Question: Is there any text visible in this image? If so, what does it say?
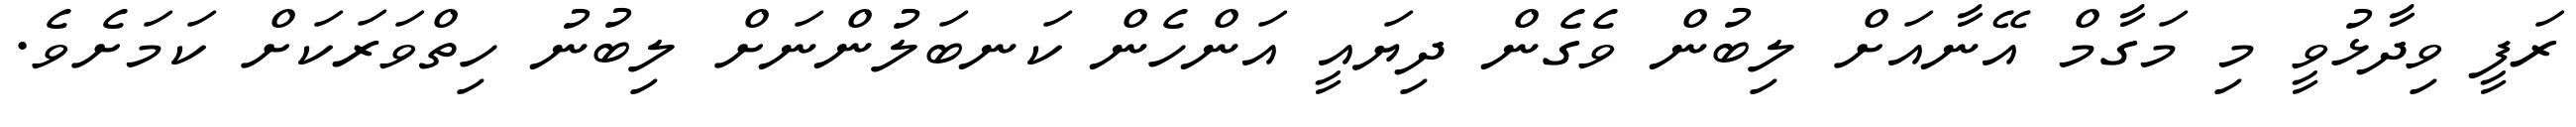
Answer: ރަފީ ވިދާޅުވީ މި މަގާމް އޭނާއަށް ލިބުން ވެގެން ދިޔައީ އަންހެން ކަނބަލުންނަށް ލިބުނު ހިތްވަރަކަށް ކަމަށެވެ.